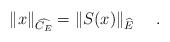
LaTeX: \begin{align*}\|x\|_{\widehat{C_E}}=\|S(x)\|_{\widehat{E}}\ \ \ \ .\end{align*}